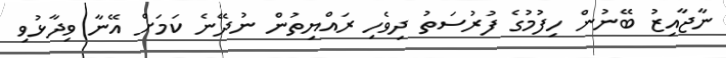
ނާޖާއިޒު ބޭނުން ހިފުމުގެ ފުރުސަތު ދިވެހި ރައްޔިތުން ނުދޭނެ ކަމަށް އޭނާ ވިދާޅުވި